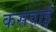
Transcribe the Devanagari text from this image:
कसवाई